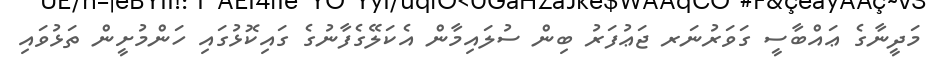
މަދީނާގެ ޢައްބާސީ ގަވަރުނަރ ޖަޢުފަރު ބިން ސުލައިމާން އެކަލޭގެފާނުގެ ގައިކޮޅުގައި ހަންމުށީން ތަޅުވައި